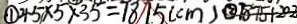
\textcircled { 1 } 4 . 5 \times 5 \times 3 5 = 7 8 7 . 5 ( c m ) \textcircled { 2 } 7 8 7 5 + 2 0 2